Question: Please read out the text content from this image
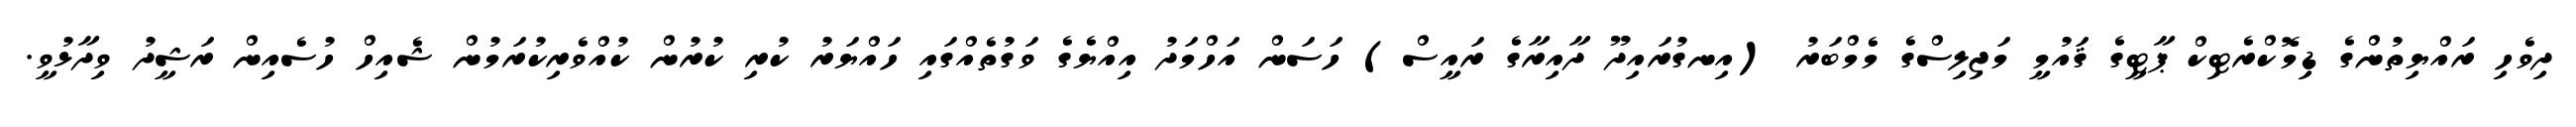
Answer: ދިވެހި ރައްޔިތުންގެ ޑިމޮކްރެޓިކް ޕާޓީގެ ޤައުމީ މަޖިލިސްގެ މެމްބަރު (އިނގުރައިދޫ ދާއިރާގެ ރައީސް) ހަސަން އަހްމަދު އިއްޔެގެ ވަގުތެއްގައި ހައްޔަރު ކުރި ކުރުން ކުއްވެރިކުރަމުން ޝެއިހް ހުސެއިން ރަޝީދު ވިދާޅުވީ.